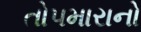
તોપમારાનો